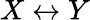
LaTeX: X\leftrightarrow Y